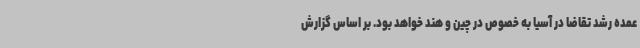
عمده رشد تقاضا در آسیا به خصوص در چین و هند خواهد بود. بر اساس گزارش